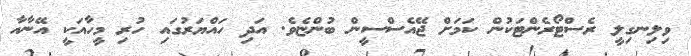
ވިލިނގިލީ ރެސްޓޯރެންޓަކުން ކަމަށް ޖޭއެސްސީން ބުންޏެވެ. އަދި ހައްޔަރުގައި ހުރި މީހާއަކީ އޭނާއާ